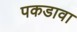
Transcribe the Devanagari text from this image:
पकडावा